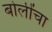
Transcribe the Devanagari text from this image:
बोलींचा